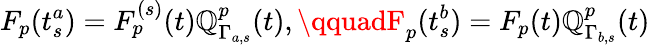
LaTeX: F_{p}(t_{s}^{a})=F_{p}^{(s)}(t)\mathbb{Q}_{\Gamma_{a,s}}^{p}(t),\qquadF_{p}(t_{s}^{b})=F_{p}(t)\mathbb{Q}_{\Gamma_{b,s}}^{p}(t)